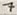
Text: 7